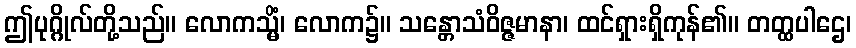
ဤပုဂ္ဂိုလ်တို့သည်။ လောကသ္မိံ၊ လောက၌။ သန္တောသံဝိဇ္ဇမာနာ၊ ထင်ရှားရှိကုန်၏။ တတ္ထပါဌေ၊